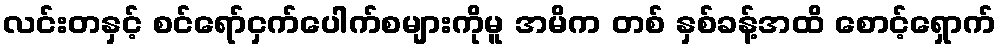
လင်းတနှင့် စင်ရော်ငှက်ပေါက်စများကိုမူ အမိက တစ် နှစ်ခန့်အထိ စောင့်ရှောက်